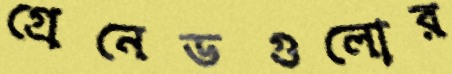
গ্রেনেডগুলোর